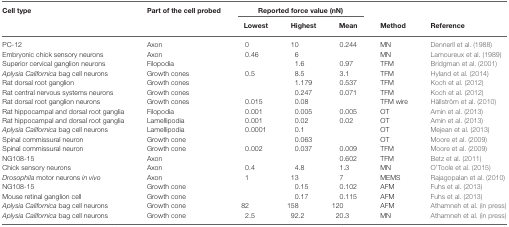
<table><thead><tr><td><b>Cell type</b></td><td><b>Part of the cell probed</b></td><td colspan="3"><b>Reported force value (nN)</b></td></tr><tr><td></td><td></td><td><b>Lowest</b></td><td><b>Highest</b></td><td><b>Mean</b></td><td><b>Method</b></td><td><b>Reference</b></td></tr></thead><tbody><tr><td>PC-12</td><td>Axon</td><td>0</td><td>10</td><td>0.244</td><td>MN</td><td>Dennerll et al. (1988)</td></tr><tr><td>Embryonic chick sensory neurons</td><td>Axon</td><td>0.46</td><td>6</td><td></td><td>MN</td><td>Lamoureux et al. (1989)</td></tr><tr><td>Superior cervical ganglion neurons</td><td>Filopodia</td><td></td><td>1.6</td><td>0.97</td><td>TFM</td><td>Bridgman et al. (2001)</td></tr><tr><td><i>Aplysia Californica</i> bag cell neurons</td><td>Growth cones</td><td>0.5</td><td>8.5</td><td>3.1</td><td>TFM</td><td>Hyland et al. (2014)</td></tr><tr><td>Rat dorsal root ganglion</td><td>Growth cones</td><td></td><td>1.179</td><td>0.537</td><td>TFM</td><td>Koch et al. (2012)</td></tr><tr><td>Rat central nervous systems neurons</td><td>Growth cones</td><td></td><td>0.247</td><td>0.071</td><td>TFM</td><td>Koch et al. (2012)</td></tr><tr><td>Rat dorsal root ganglion neurons</td><td>Growth cones</td><td>0.015</td><td>0.08</td><td></td><td>TFM wire</td><td>Hällström et al. (2010)</td></tr><tr><td>Rat hippocampal and dorsal root ganglia</td><td>Filopodia</td><td>0.001</td><td>0.005</td><td>0.005</td><td>OT</td><td>Amin et al. (2013)</td></tr><tr><td>Rat hippocampal and dorsal root ganglia</td><td>Lamellipodia</td><td>0.001</td><td>0.02</td><td>0.02</td><td>OT</td><td>Amin et al. (2013)</td></tr><tr><td><i>Aplysia Californica</i> bag cell neurons</td><td>Lamellipodia</td><td>0.0001</td><td>0.1</td><td></td><td>OT</td><td>Mejean et al. (2013)</td></tr><tr><td>Spinal commissural neuron</td><td>Growth cone</td><td></td><td>0.063</td><td></td><td>OT</td><td>Moore et al. (2009)</td></tr><tr><td>Spinal commissural neuron</td><td>Growth cone</td><td>0.002</td><td>0.037</td><td>0.009</td><td>TFM</td><td>Moore et al. (2009)</td></tr><tr><td>NG108-15</td><td>Axon</td><td></td><td></td><td>0.602</td><td>TFM</td><td>Betz et al. (2011)</td></tr><tr><td>Chick sensory neurons</td><td>Axon</td><td>0.4</td><td>4.8</td><td>1.3</td><td>MN</td><td>O’Toole et al. (2015)</td></tr><tr><td><i>Drosophila</i> motor neurons <i>in vivo</i></td><td>Axon</td><td>1</td><td>13</td><td>7</td><td>MEMS</td><td>Rajagopalan et al. (2010)</td></tr><tr><td>NG108-15</td><td>Growth cone</td><td></td><td>0.15</td><td>0.102</td><td>AFM</td><td>Fuhs et al. (2013)</td></tr><tr><td>Mouse retinal ganglion cell</td><td>Growth cone</td><td></td><td>0.17</td><td>0.115</td><td>AFM</td><td>Fuhs et al. (2013)</td></tr><tr><td><i>Aplysia Californica</i> bag cell neurons</td><td>Growth cone</td><td>82</td><td>158</td><td>120</td><td>AFM</td><td>Athamneh et al. (in press)</td></tr><tr><td><i>Aplysia Californica</i> bag cell neurons</td><td>Growth cone</td><td>2.5</td><td>92.2</td><td>20.3</td><td>MN</td><td>Athamneh et al. (in press)</td></tr></tbody></table>